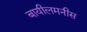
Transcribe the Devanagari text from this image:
बायीलमनीस